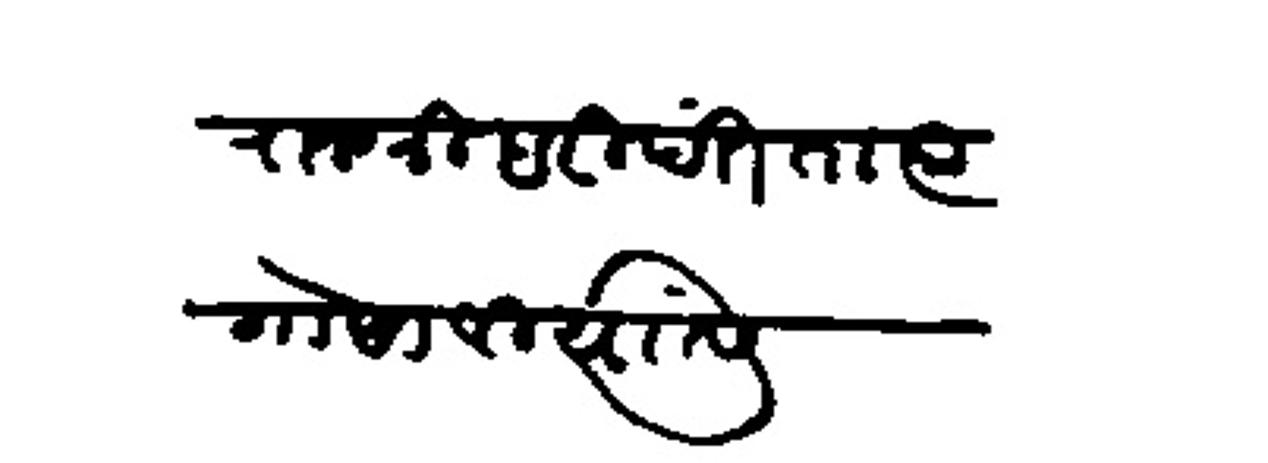
Transliteration (Devanagari): राजश्री हरीपंत तात्या गोसावी यांसी